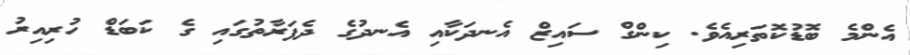
އެންމެ ބޮޑުކޮތަރިއެވެ. ކިންގް ސައިޒް އެނދަކާއި އެނދުގެ ދެފަރާތުގައި ގެ ކަބަޑް ހުރިއިރު